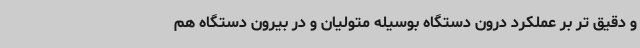
و دقیق تر بر عملکرد درون دستگاه بوسیله متولیان و در بیرون دستگاه هم